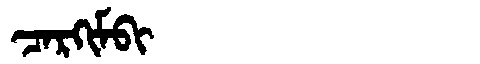
Manchu: ᠴᠠᡵᡴᡳᠮᠪᡳ
Romanization: CARKIMBI